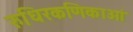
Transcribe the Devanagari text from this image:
रुधिरकणिकाओं